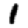
Digit: 1